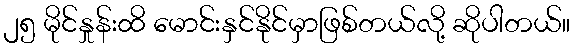
၂၅ မိုင်နှုန်းထိ မောင်းနှင်နိုင်မှာဖြစ်တယ်လို့ ဆိုပါတယ်။